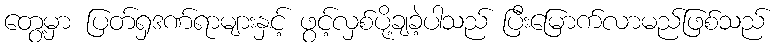
တွေ့မှာ ပြတ်ရှဒဏ်ရာများနှင့် ဖွင့်လှစ်ပို့ချခဲ့ပါသည် ပြီးမြောက်လာမည်ဖြစ်သည်